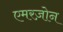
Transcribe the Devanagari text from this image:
एमरज़ोन